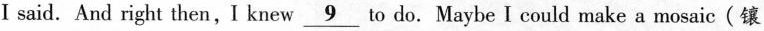
I said. And right then,I knew\underline{10}to do. Maybe I could make a mosaic(镶